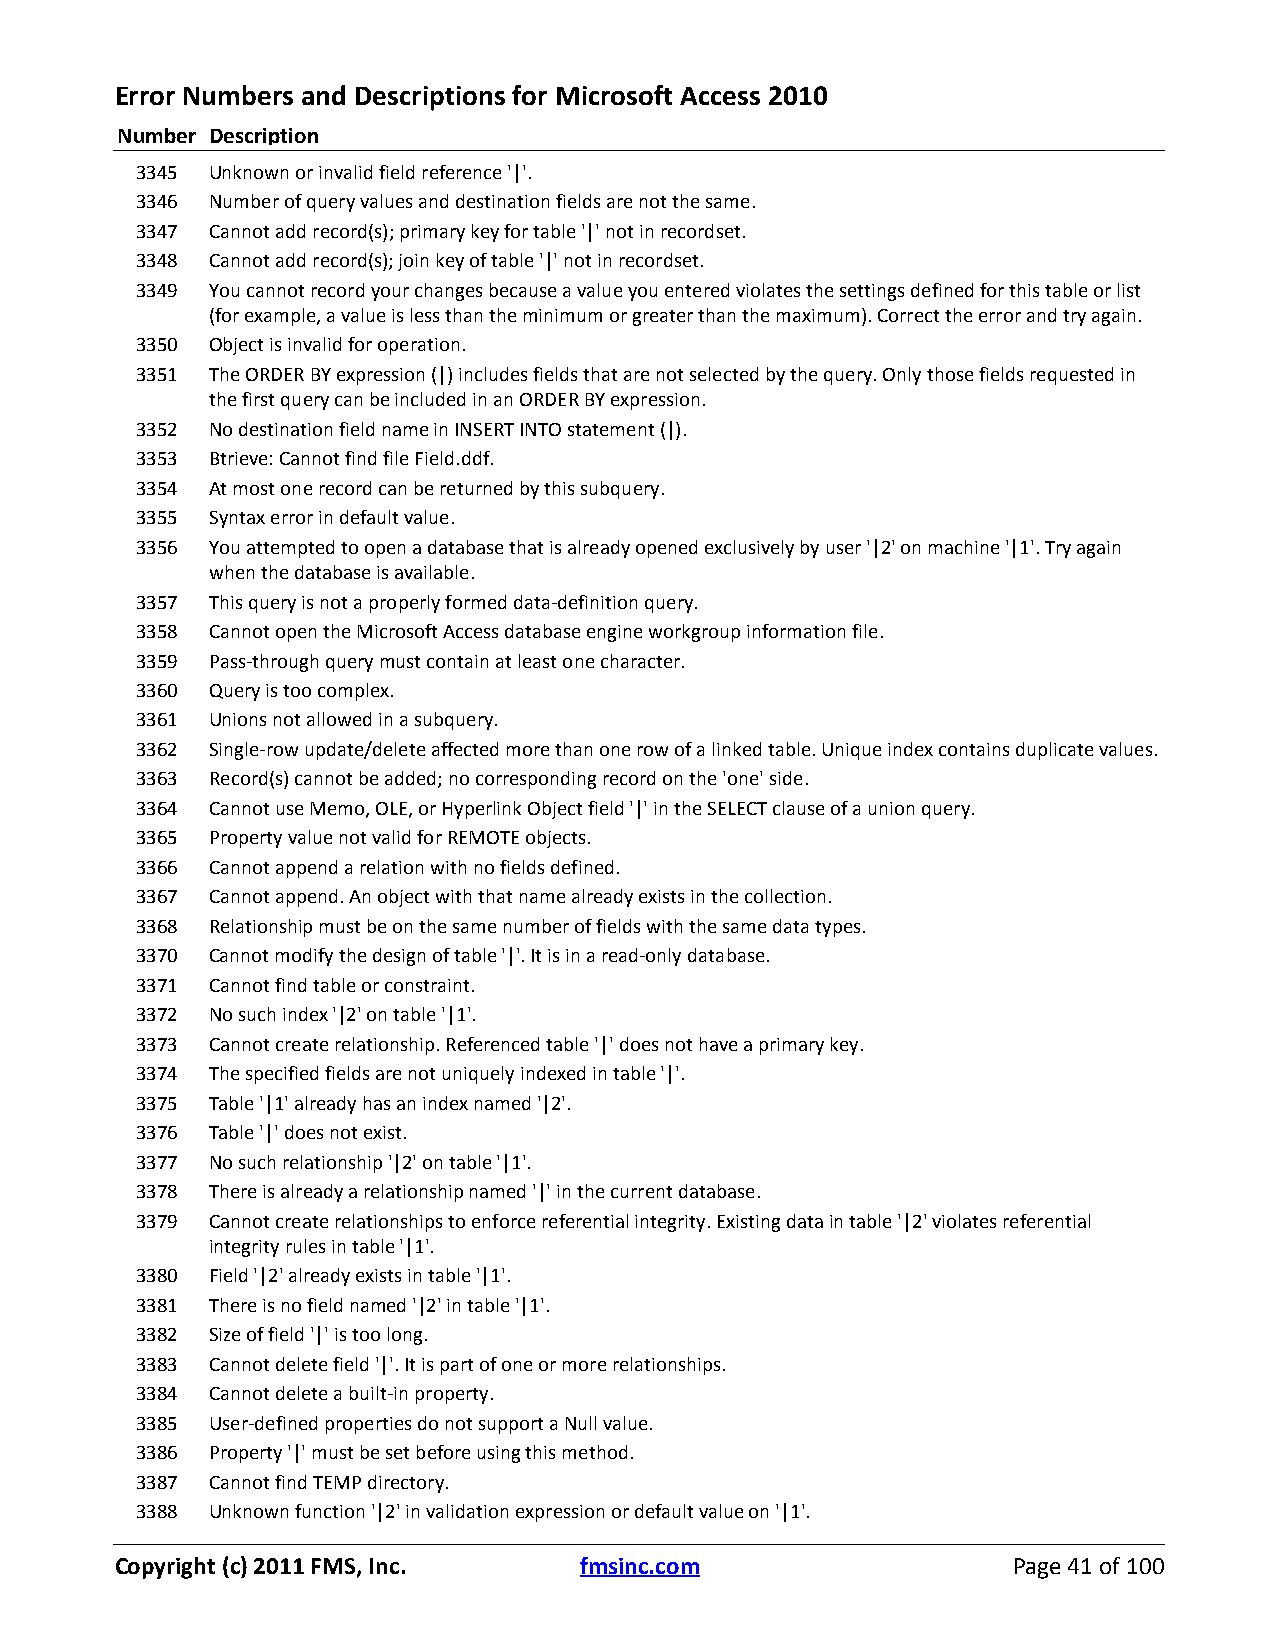
Error Numbers and Descriptions for Microsoft Access 2010
 Number Description
 3345 Unknown or invalid field reference '|'.
 3346 Number of query values and destination fields are not the same.
 3347 Cannot add record(s); primary key for table '|' not in recordset.
 3348 Cannot add record(s); join key of table '|' not in recordset.
 3349 You cannot record your changes because a value you entered violates the settings defined for this table or list
 (for example, a value is less than the minimum or greater than the maximum). Correct the error and try again.
 3350 Object is invalid for operation.
 3351 The ORDER BY expression (|) includes fields that are not selected by the query. Only those fields requested in
 the first query can be included in an ORDER BY expression.
 3352 No destination field name in INSERT INTO statement (|).
 3353 Btrieve: Cannot find file Field.ddf.
 3354 At most one record can be returned by this subquery.
 3355 Syntax error in default value.
 3356 You attempted to open a database that is already opened exclusively by user '|2' on machine '|1'. Try again
 when the database is available.
 3357 This query is not a properly formed data-definition query.
 3358 Cannot open the Microsoft Access database engine workgroup information file.
 3359 Pass-through query must contain at least one character.
 3360 Query is too complex.
 3361 Unions not allowed in a subquery.
 3362 Single-row update/delete affected more than one row of a linked table. Unique index contains duplicate values.
 3363 Record(s) cannot be added; no corresponding record on the 'one' side.
 3364 Cannot use Memo, OLE, or Hyperlink Object field '|' in the SELECT clause of a union query.
 3365 Property value not valid for REMOTE objects.
 3366 Cannot append a relation with no fields defined.
 3367 Cannot append. An object with that name already exists in the collection.
 3368 Relationship must be on the same number of fields with the same data types.
 3370 Cannot modify the design of table '|'. It is in a read-only database.
 3371 Cannot find table or constraint.
 3372 No such index '|2' on table '|1'.
 3373 Cannot create relationship. Referenced table '|' does not have a primary key.
 3374 The specified fields are not uniquely indexed in table '|'.
 3375 Table '|1' already has an index named '|2'.
 3376 Table '|' does not exist.
 3377 No such relationship '|2' on table '|1'.
 3378 There is already a relationship named '|' in the current database.
 3379 Cannot create relationships to enforce referential integrity. Existing data in table '|2' violates referential
 integrity rules in table '|1'.
 3380 Field '|2' already exists in table '|1'.
 3381 There is no field named '|2' in table '|1'.
 3382 Size of field '|' is too long.
 3383 Cannot delete field '|'. It is part of one or more relationships.
 3384 Cannot delete a built-in property.
 3385 User-defined properties do not support a Null value.
 3386 Property '|' must be set before using this method.
 3387 Cannot find TEMP directory.
 3388 Unknown function '|2' in validation expression or default value on '|1'.
 Copyright (c) 2011 FMS, Inc.  fmsinc.com                   Page 41 of 100